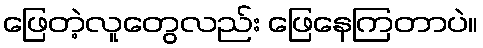
ဖြေတဲ့လူတွေလည်း ဖြေနေကြတာပဲ။